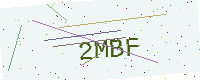
Text: 2MBF